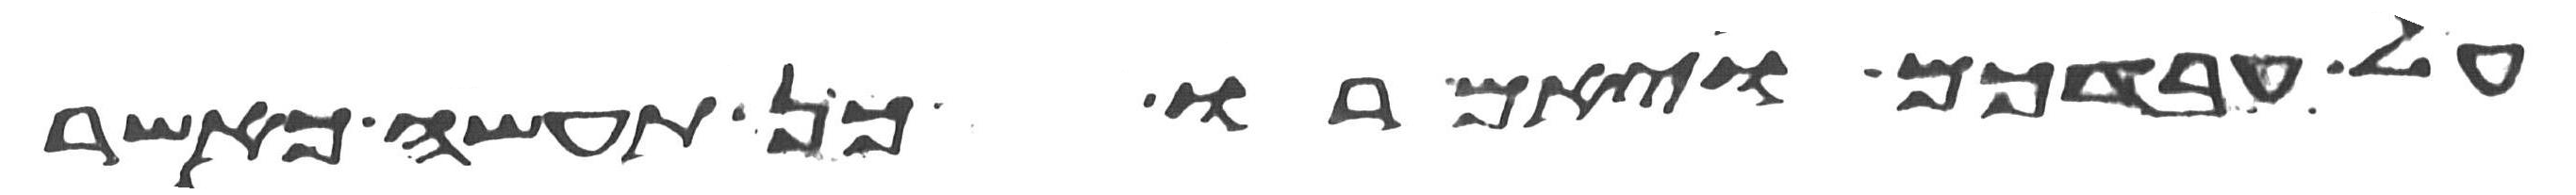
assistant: על עבדכם ויאמרו כן תעשה כאשר